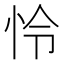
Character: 怜